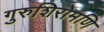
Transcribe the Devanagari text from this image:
गुरुशिरोमणि